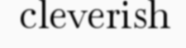
cleverish